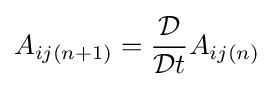
A_{ij(n+1)}={\frac {\mathcal {D}}{{\mathcal {D}}t}}A_{ij(n)}